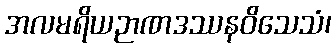
အလမရိယဉာဏဒဿနဝိသေသံ၊